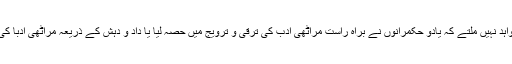
[4] تاہم اس بات کے شواہد نہیں ملتے کہ یادو حکمرانوں نے براہ راست مراٹھی ادب کی ترقی و ترویج میں حصہ لیا یا داد و دہش کے ذریعہ مراٹھی ادبا کی ریاستی سرپرستی کی۔